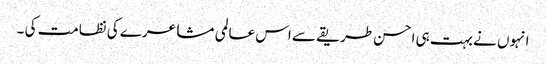
انہوں نے بہت ہی احسن طریقے سے اس عالمی مشاعرے کی نظامت کی ۔